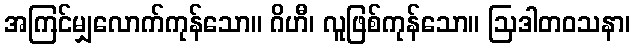
အကြင်မျှလောက်ကုန်သော။ ဂိဟီ၊ လူဖြစ်ကုန်သော။ ဩဒါတဝသနာ၊